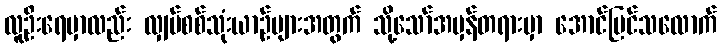
လူဦးရေမှာလည်း လျှပ်စစ်သုံးယာဉ်များအတွက် သို့သော်အမှန်တရားမှာ အောင်မြင်သလောက်